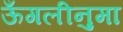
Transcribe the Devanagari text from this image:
ऊँगलीनुमा